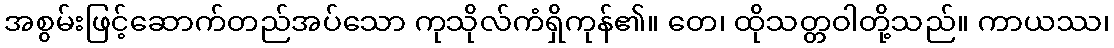
အစွမ်းဖြင့်ဆောက်တည်အပ်သော ကုသိုလ်ကံရှိကုန်၏။ တေ၊ ထိုသတ္တဝါတို့သည်။ ကာယဿ၊